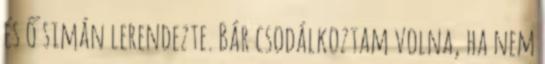
és ő simán lerendezte. Bár csodálkoztam volna, ha nem